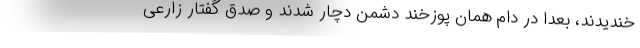
خندیدند، بعداً در دام همان پوزخند دشمن دچار شدند و صدق گفتار زارعی